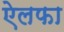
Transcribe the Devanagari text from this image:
ऐलफा